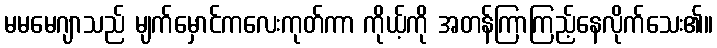
မမမေဂျာသည် မျက်မှောင်ကလေးကုတ်ကာ ကိုယ့်ကို အတန်ကြာကြည့်နေလိုက်သေး၏။